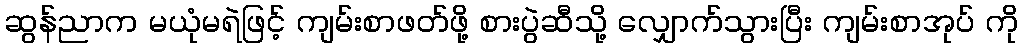
ဆွန်ညာက မယုံမရဲဖြင့် ကျမ်းစာဖတ်ဖို့ စားပွဲဆီသို့ လျှောက်သွားပြီး ကျမ်းစာအုပ် ကို